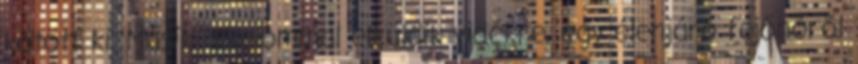
kötött ki. Másik alkalommal elküldik vidékre, egy élenjáró fejőnőről